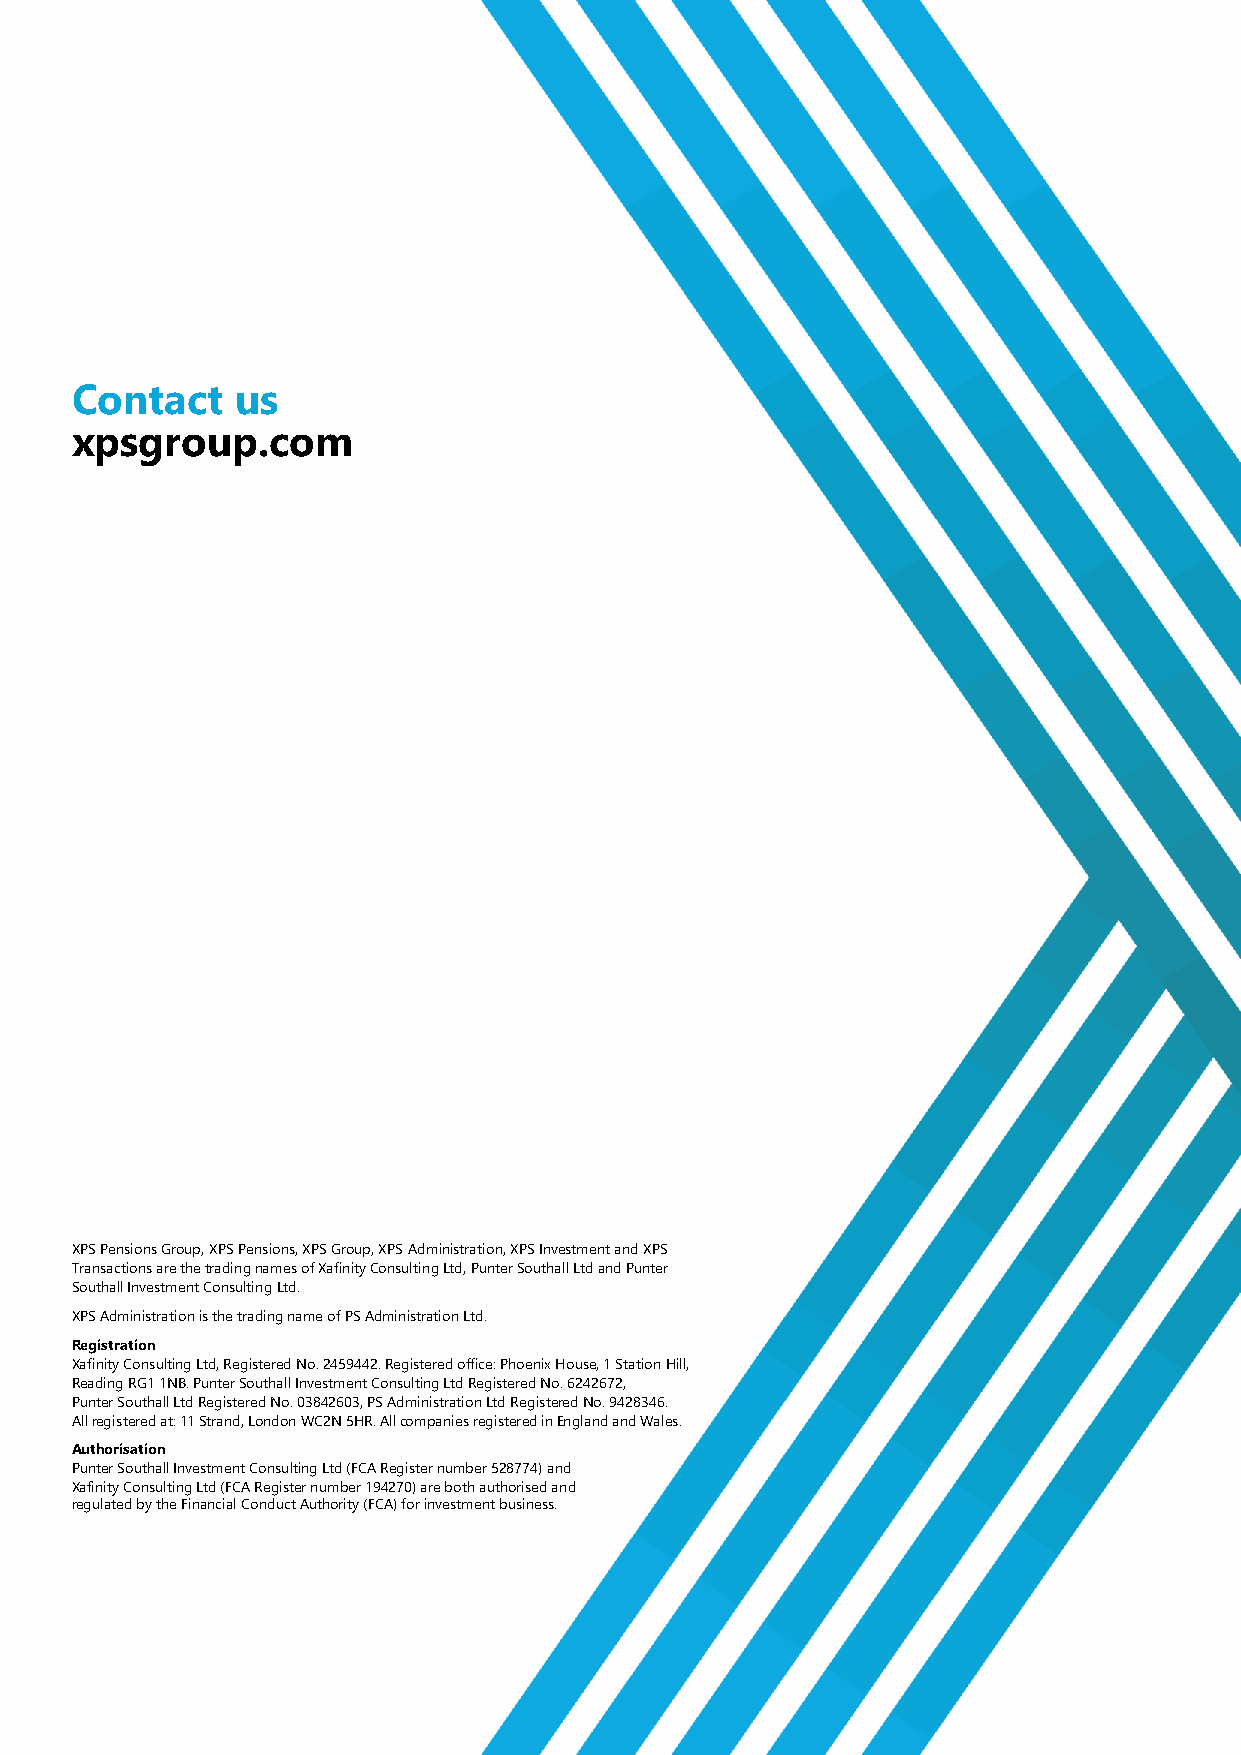
Contact    us
 xpsgroup.com
 XPS Pensions Group, XPS Pensions, XPS Group, XPS Administration, XPS Investment and XPS
 Transactions are the trading names of Xafinity Consulting Ltd, Punter Southall Ltd and Punter
 Southall Investment Consulting Ltd.
 XPS Administration is the trading name of PS Administration Ltd.
 Registration
 Xafinity Consulting Ltd, Registered No. 2459442. Registered office: Phoenix House, 1 Station Hill,
 Reading RG1 1NB. Punter Southall Investment Consulting Ltd Registered No. 6242672,
 Punter Southall Ltd Registered No. 03842603, PS Administration Ltd Registered No. 9428346.
 All registered at: 11 Strand, London WC2N 5HR. All companies registered in England and Wales.
 Authorisation
 Punter Southall Investment Consulting Ltd (FCA Register number 528774) and
 Xafinity Consulting Ltd (FCA Register number 194270) are both authorised and
 regulated by the Financial Conduct Authority (FCA) for investment business.